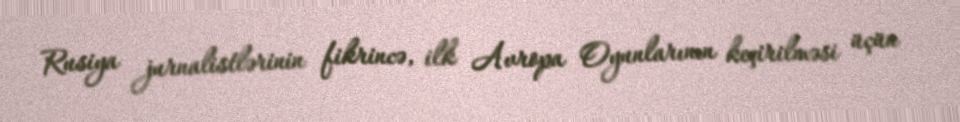
Rusiya jurnalistlərinin fikrincə, ilk Avropa Oyunlarının keçirilməsi üçün